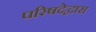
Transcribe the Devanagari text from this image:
परिषदेद्वारा